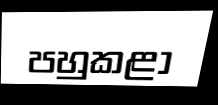
පහුකළා